Report of the Indian Hemp Drugs Commission, 1894-1895 - Volume VI
Year: 1894
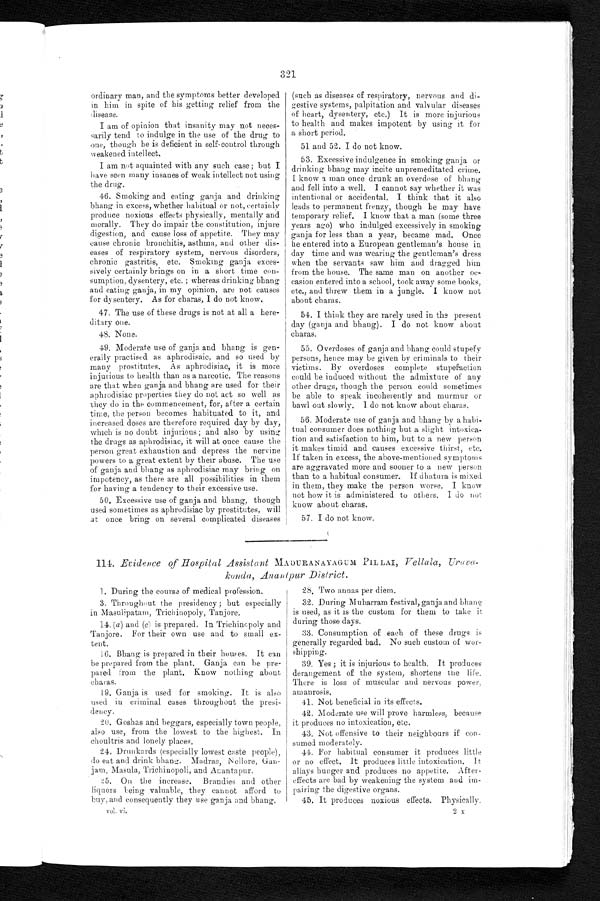
321
ordinary man, and the symptoms better developed
in him in spite of his getting relief from the
disease.
I am of opinion that insanity may not neces
- s a r i l y t e n d t o i n d u l g e i n t h e u s e o f t h e d r u g t o
one, though he is deficient in self-control through
weakened intellect.
I am not aquainted with any such case; but I
have seen many insanes of weak intellect not using
the drug.
46. Smoking and eating ganja and drinking
bhang in excess, whether habitual or not, certainly
produce noxious effects physically, mentally and
morally. They do impair the constitution, injure
digestion, and cause loss of appetite. They may
cause chronic bronchitis, asthma, and other dis--
eases of respiratory system, nervous disorders,
chronic gastritis, etc. Smoking ganja exces-
-sively certainly brings on in a short time con--
sumption, dysentery, etc. ; whereas drinking bhang
and eating ganja, in my opinion, are not causes
for dysentery. As for charas, I do not know.
47. The use of these drugs is not at all a here--
ditary one.
48. None.
49. Moderate use of ganja and bhang is gen-
erally practised as aphrodisaic, and so used by
many prostitutes. As aphrodisiac, it is more
injurious to health than as a narcotic. The reasons
are that when ganja and bhang are used for their
aphrodisiac properties they do not act so well as
they do in the com
m e n c e m e n t , f o r , a f t e r a c e r t a i nt
i m e ,
t h e p e r s o n b e c o m e s h a b i t u a t e d t o i t , a n d
increased doses are therefore required day by day,
which is no doubt injurious ; and also by using
the drugs as aphrodisiac, it will at once cause the
person great exhaustion and depress the nervine
powers to a great extent by their abuse. The use
of ganja and bhang as aphrodisiac may bring on
impotency, as there are all possibilities in them
for having a tendency to their excessive use.
50. Excessive use of ganja and bhang, though
used sometimes as aphrodisiac by prostitutes, will
at once bring on several complicated diseases
(such as diseases of respiratory, nervous and di-
gestive systems, palpitation and valvular diseases
of heart, dysentery, etc.) It is more injurious
to health and makes impotent by using it for
a short period.
51 and 52. I do not know.
53. Excessive indulgence in smoking ganja or
drinking bhang may incite unpremeditated crime.
I know a man once drunk an overdose of bhang
and fell into a well. I cannot say whether it was
intentional or accidental. I think that it also
leads to permanent frenzy, though he may have
temporary relief. I know that a man (some three
years ago) who indulged excessively in smoking
ganja for less than a year, became mad. Once
he entered into a European gentleman's house in
day time and was wearing the gentleman's dress
when the servants saw him and dragged him
from the house. The same man on another oc--
casion entered into a school, took away some books,
etc., and threw them in a jungle. I know not
about charas.
54. I think they are rarely used in the present
day (ganja and bhang). I do not know about
charas.
55. Overdoses of ganja and bhang could stupefy
persons, hence may be given by criminals to their
victims. By overdoses complete stupefaction
could be induced without the admixture of any
other drugs, though the person could sometimes
be able to speak incoherently and murmur or
bawl out slowly. I do not know about charas.
56. Moderate use of ganja and bhang by a habi-
tual consumer does nothing but a slight intoxica--
tion and satisfaction to him, but to a new person
it makes timid and causes excessive thirst, etc.
If taken in excess, the above-mentioned symptoms
are aggravated more and sooner to a new person
than to a habitual consumer. If dhatura is mixed
in them, they make the person worse. I know
not how it is administered to others. I do not
know about charas.
5 7 . I d o n o t k n o w .
111. Evidence of Hospital Assistant MADURANAYAGUM PILLAI, Vellala, Urava-
konda, Ananlpur District.
1. During the course of medical profession.
3. Throughout the presidency ; but especially
in Masulipatain, Trichinopoly, Tanjore.
14. ( a ) and (c) is prepared. In Trichinopoly and
Tanjore. For their own use and to small ex--
tent.
16. Bhang is prepared in their houses. It can
be prepared from the plant. Ganja can he pre--
pared from the plant. Know nothing about
charas.
19. Ganja is used for smoking. It is also
used in criminal cases throughout the presi-
dency.
20. Goshas and beggars, especially town people,
also use, from the lowest to the highest. In
choultris and lonely places.
24. Drunkards (especially lowest caste people),
do eat and drink bhang Madras, Nellore, Gan-
jam, Masula, Trichinopoli, and Anantapur.
25. On the increase. Brandies and other
liquors being valuable, they cannot afford to
buy ; and consequently they use ganja and bhang.
vol. vi.
28. Two annas per diem.
32. During Muharram festival, ganja and bhang
is used, as it is the custom for them to take it
during those days.
33. Consumption of each of these drugs is
generally regarded bad. No such
custom of wor-shipping.
39. Yes ; it is injurious to health. It produces
derangement of the system, shortens the life.
There is loss of muscular and nervous power,
aumanrosis.
41. Not beneficial in its effects.
42. Moderate use will prove harmless, because
it produces no intoxication, etc.
43. Not offensive to their neighbours if con-
sumed moderately.
44. For habitual consumer it produces little
or no effect. It produces little intoxication. It
allays hunger and produces no appetite. After--
effects are bad by weakening the system and im--
pairing the digestive organs.
45. It produces noxious effects. Physically.
2 x